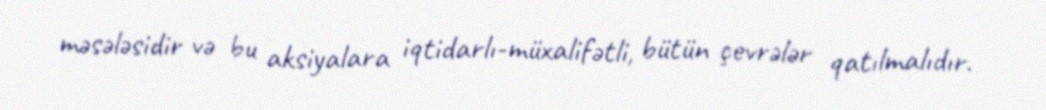
məsələsidir və bu aksiyalara iqtidarlı-müxalifətli, bütün çevrələr qatılmalıdır.